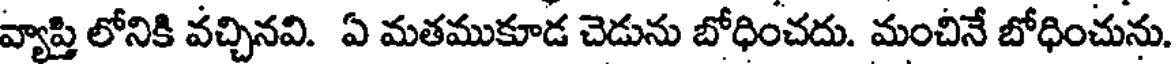
వ్యాప్తి లోనికి వచ్చినవి. ఏ మతముకూడ చెడును బోధించదు. మంచినే బోధించును.